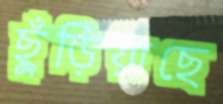
ছুঁড়িয়াছে